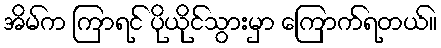
အိမ်က ကြာရင် ပိုယိုင်သွားမှာ ကြောက်ရတယ်။